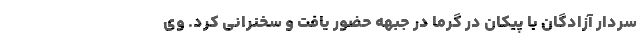
سردار آزادگان با پیکان در گرما در جبهه حضور یافت و سخنرانی کرد. وی